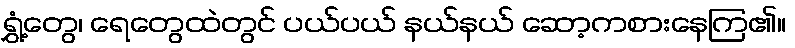
ရွှံ့တွေ၊ ရေတွေထဲတွင် ပယ်ပယ် နယ်နယ် ဆော့ကစားနေကြ၏။